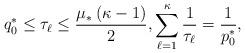
LaTeX: \begin{align*} q_0^\ast \le \tau_\ell \le \frac {\mu_\ast\left(\kappa-1\right)}2, \sum \limits_{\ell =1}^\kappa \frac 1 {\tau_\ell} =\frac 1 {p_0^\ast},\end{align*}